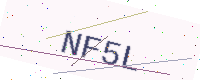
Text: NF5L